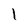
Character: l